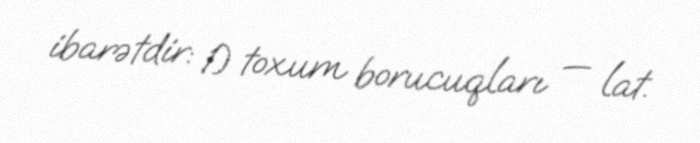
ibarətdir: 1) toxum borucuqları — lat.